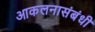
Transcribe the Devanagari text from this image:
आकलनासंबंधी